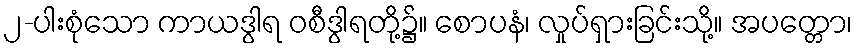
၂-ပါးစုံသော ကာယဒွါရ ဝစီဒွါရတို့၌။ စောပနံ၊ လှုပ်ရှားခြင်းသို့။ အပတ္တော၊